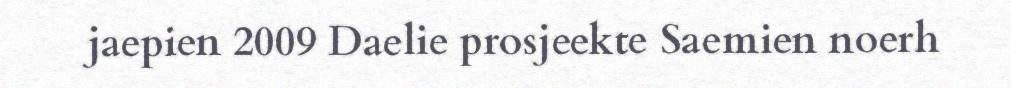
jaepien 2009 Daelie prosjeekte Saemien noerh